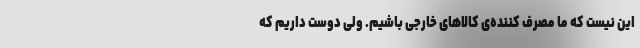
این نیست که ما مصرف کننده‌ی کالاهای خارجی باشیم. ولی دوست داریم که